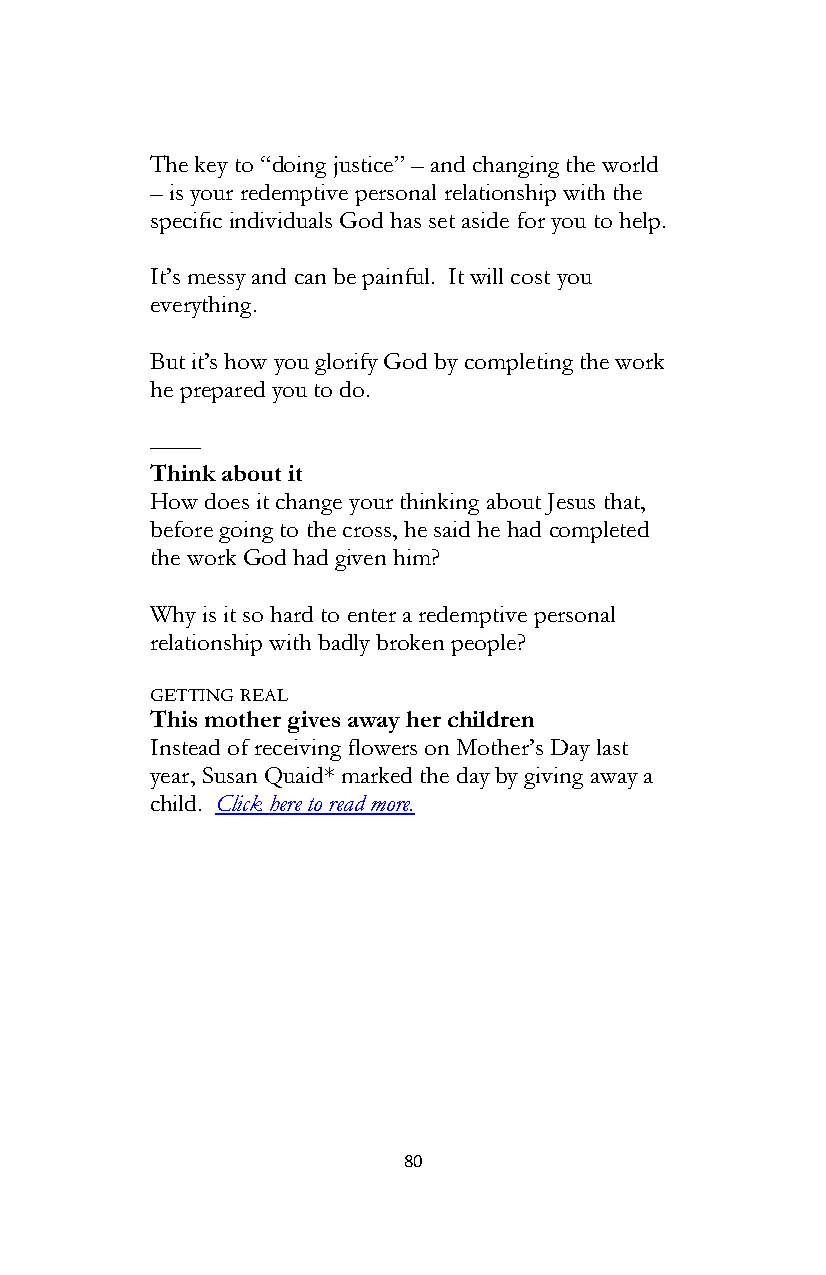
The key to “doing justice” – and changing the world
 – is your redemptive personal relationship with the
 specific individuals God has set aside for you to help.
 It’s messy and can be painful. It will cost you
 everything.
 But it’s how you glorify God by completing the work
 he prepared you to do.
 ––––
 Think about it
 How does it change your thinking about Jesus that,
 before going to the cross, he said he had completed
 the work God had given him?
 Why is it so hard to enter a redemptive personal
 relationship with badly broken people?
 GETTING REAL
 This mother gives away her children
 Instead of receiving flowers on Mother’s Day last
 year, Susan Quaid* marked the day by giving away a
 child. Click here to read more.
 80